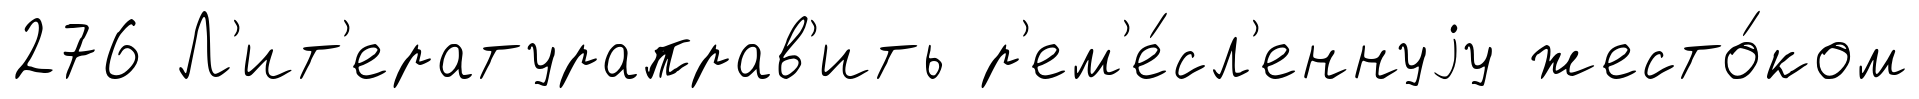
276 Л'ит'ератураправ'ить р'ем'е́сл'еннуjу жесто́ком